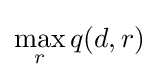
\max _{r}q(d,r)\,\!